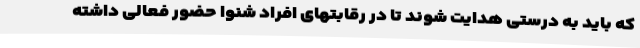
که باید به درستی هدایت شوند تا در رقابتهای افراد شنوا حضور فعالی داشته